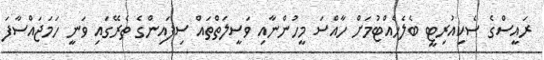
ރައީސްގެ ސެކިއުރިޓީ ބެލެހެއްޓުމަށް ހާއްސަ މީހުންނާއި ވަސީލަތްތައް ސިފައިންގެ ތެރޭގައި ވަނީ ހަމަޖައްސާފަ